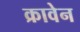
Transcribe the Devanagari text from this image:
क्रावेन